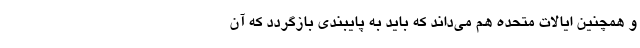
و همچنین ایالات متحده هم می‌داند که باید به پایبندی بازگردد که آن